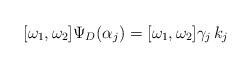
LaTeX: \begin{align*}[\omega_1,\omega_2]\Psi_{D}(\alpha_j)=[\omega_1,\omega_2]\gamma_j\,k_{j}\end{align*}